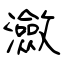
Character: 瀲